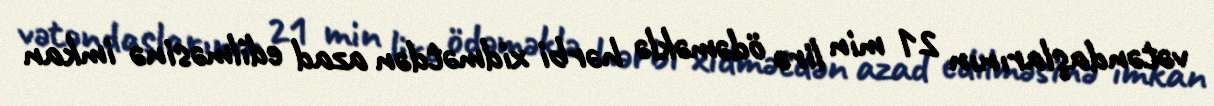
vətəndaşlarının 21 min lirə ödəməklə hərbi xidmətdən azad edilməsinə imkan